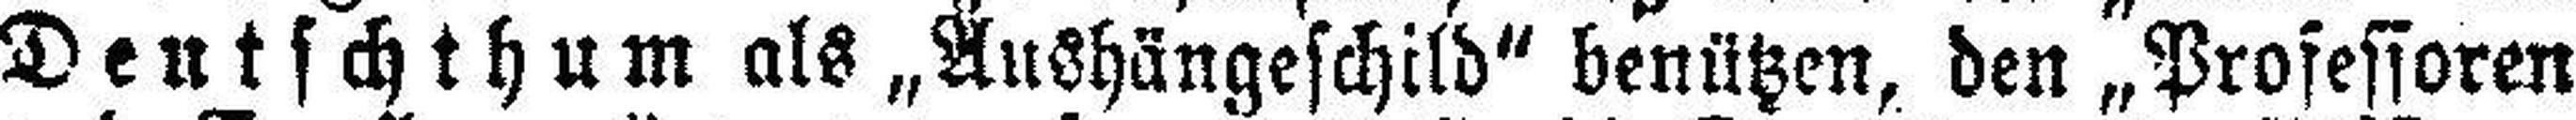
Deutschthum als „Aushängeschild“ benützen, den „Professoren